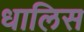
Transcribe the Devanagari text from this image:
धालिस